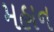
મહાન